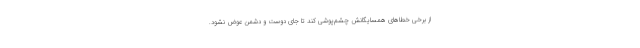
از برخی خطاهای همسایگانش چشم‌پوشی کند تا جای دوست و دشمن عوض نشود.